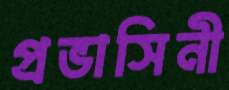
প্রভাসিনী